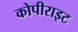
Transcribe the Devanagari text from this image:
कोपीराइट